Annual administration report of the Civil Veterinary Department, Sind - 1945-1946
Year: 1945
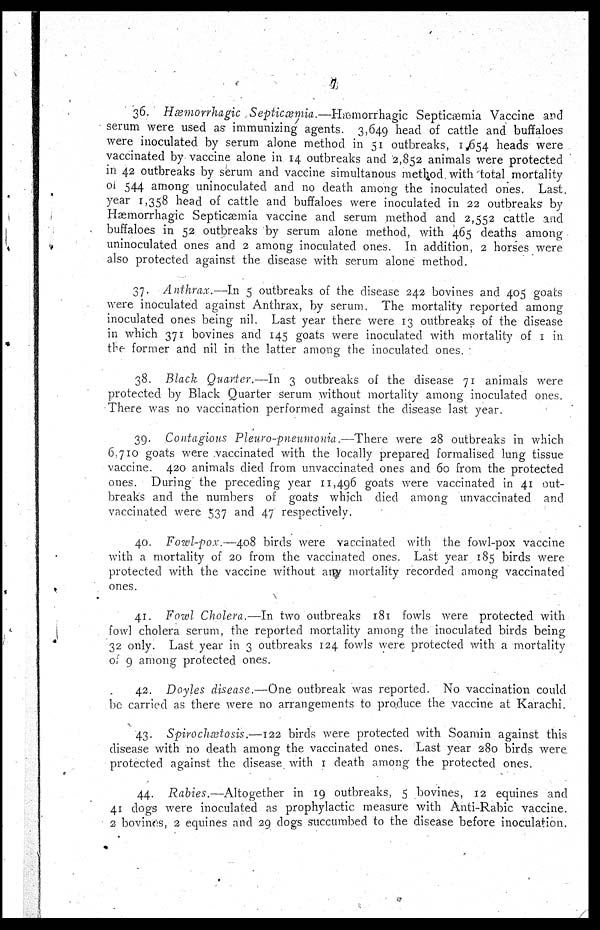
7
36. Hæmorrhagic Septicæmia.—Hæmorrhagic Septicæmia Vaccine and
serum were used as immunizing agents. 3,649 head of cattle and buffaloes
were inoculated by serum alone method in 51 outbreaks, 1 654 heads were
vaccinated by vaccine alone in 14 outbreaks and 2 852 animals were protected
in 42 outbreaks by serum and vaccine simultanous method with total mortality
of 544 among uninoculated and no death among the inoculated ones. Last
year 1,358 head of cattle and buffaloes were inoculated in 22 outbreaks by
Hæmorrhagic Septicæmia vaccine and serum method and 2,552 cattle and
buffaloes in 52 outbreaks by serum alone method, with 465 deaths among
uninoculated ones and 2 among inoculated ones. In addition, 2 horses were
also protected against the disease with serum alone method.
37. Anthrax.—In 5 outbreaks of the disease 242 bovines and 405 goats
were inoculated against Anthrax, by serum. The mortality reported among
inoculated ones being nil. Last year there were 13 outbreaks of the disease
in which 371 bovines and 145 goats were inoculated with mortality of 1 in
the former and nil in the latter among the inoculated ones.
38. Black Quarter.—In 3 outbreaks of the disease 71 animals were
protected by Black Quarter serum without mortality among inoculated ones.
There was no vaccination performed against the disease last year.
39. Contagious Pleuro-pneumonia.—There were 28 outbreaks in which
6,710 goats were vaccinated with the locally prepared formalised lung tissue
vaccine. 420 animals died from unvaccinated ones and 60 from the protected
ones. During the preceding year 11,496 goats were vaccinated in 41 out-
breaks and the numbers of goats which died among unvaccinated and
vaccinated were 537 and 47 respectively.
40. Fowl-pox.—408 birds were vaccinated with the fowl-pox vaccine
with a mortality of 20 from the vaccinated ones. Last year 185 birds were
protected with the vaccine without any mortality recorded among vaccinated
ones.
41. Fowl Cholera.—In two outbreaks 181 fowls were protected with
fowl cholera serum, the reported mortality among the inoculated birds being
32 only. Last year in 3 outbreaks 124 fowls were protected with a mortality
of 9 among protected ones.
42. Doyles disease.—One outbreak was reported. No vaccination could
be carried as there were no arrangements to produce the vaccine at Karachi.
43. Spirochætosis.—122 birds were protected with Soamin against this
disease with no death among the vaccinated ones. Last year 280 birds were
protected against the disease with 1 death among the protected ones.
44. Rabies.—Altogether in 19 outbreaks, 5 bovines, 12 equines and
41 dogs were inoculated as prophylactic measure with Anti-Rabic vaccine.
2 bovines, 2 equines and 29 dogs succumbed to the disease before inoculation.